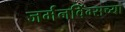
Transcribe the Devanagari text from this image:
जर्मनविंग्सच्या